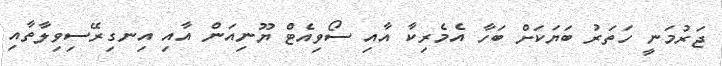
ޖަރުމަނީ ހަތަރު ބަޔަކަށް ބަހާ އެމެރިކާ އާއި ސޯވިއެޓް ޔޫނިއަން އާއި އިނގިރޭސިވިލާތާއި